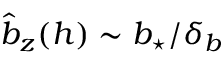
\hat { b } _ { z } ( h ) \sim \ensuremath { b _ { \star } } / \delta _ { b }